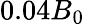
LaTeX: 0.04B_{0}